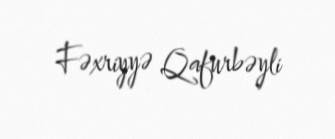
Fəxriyyə Qafurbəyli